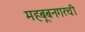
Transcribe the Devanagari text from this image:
महबूबनगरची